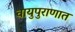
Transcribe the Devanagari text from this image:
वायुपुराणात